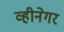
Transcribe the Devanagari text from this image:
व्हीनेगर